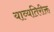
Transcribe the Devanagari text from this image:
याव्यतिरीक्त